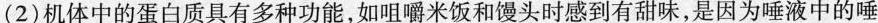
(2)机体中的蛋白质具有多种功能，如咀嚼米饭和馒头时感到有甜味，是因为唾